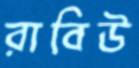
রাবিউ